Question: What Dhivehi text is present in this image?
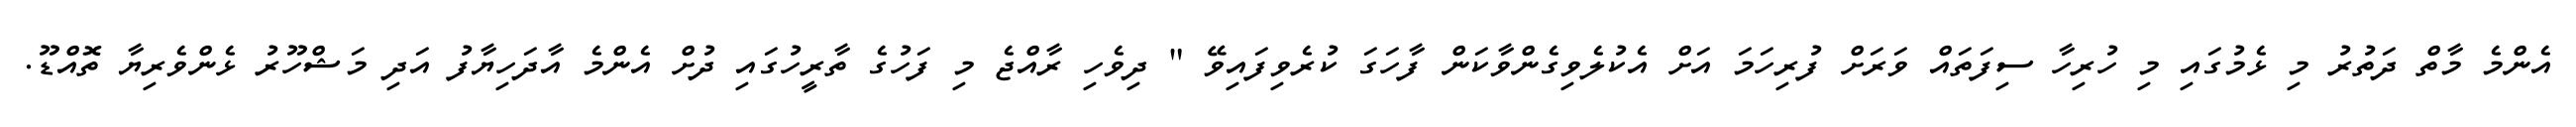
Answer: އެންމެ މާތް ދަތުރު މި ޅެމުގައި މި ހުރިހާ ސިފަތައް ވަރަށް ފުރިހަމަ އަށް އެކުލެވިގެންވާކަން ފާހަގަ ކުރެވިފައިވޭ " ދިވެހި ރާއްޖެ މި ފަހުގެ ތާރީހުގައި ދުށް އެންމެ އާދަހިޔާފު އަދި މަޝްހޫރު ޅެންވެރިޔާ ތޮއްޑޫ.